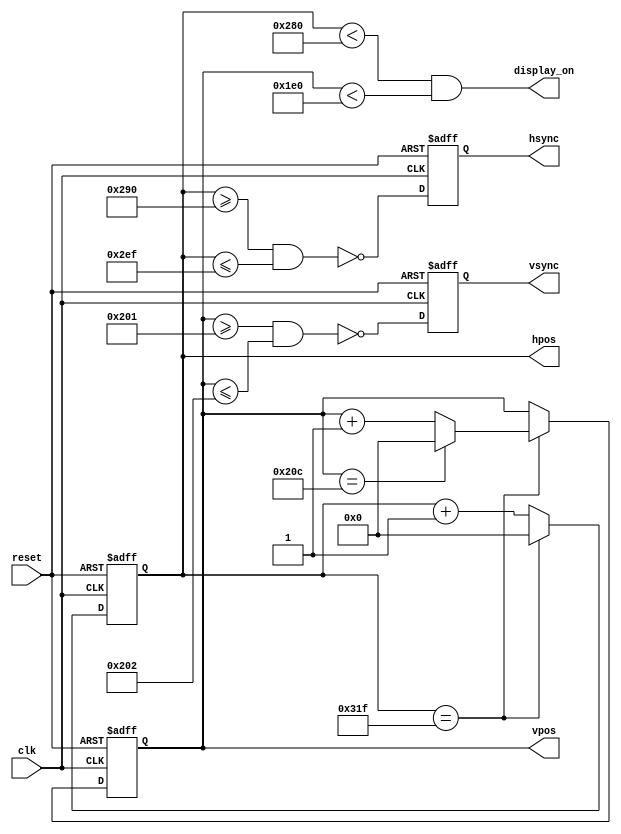
module hvsync_generator
#(
    /*
    
     LC-19K5
     1366x768

    */
    parameter                   H_DISPLAY = 640,    // horizontal display width
                                H_BACK    =  48,    // horizontal left border (back porch)
                                H_FRONT   =  16,    // horizontal right border (front porch)
                                H_SYNC    =  96,    // horizontal sync width
                                V_DISPLAY = 480,    // vertical display height
                                V_TOP     =  10,    // vertical top border
                                V_BOTTOM  =  33,    // vertical bottom border
                                V_SYNC    =   2     // vertical sync # lines
)(
    input wire [0:0] clk,
    input wire reset,
    output reg hsync,
    output reg vsync,
    output wire display_on,
    output  reg     [15 : 0]    hpos,               // horizontal pixel position
    output  reg     [15 : 0]    vpos                // vertical pixel position
);
    /*******************************************************
    *                 PARAMS & LOCALPARAMS                 *
    *******************************************************/
    localparam H_SYNC_START = H_DISPLAY + H_FRONT, //656
               H_SYNC_END   = H_DISPLAY + H_FRONT + H_SYNC - 1, // 751
                H_MAX        = H_DISPLAY + H_BACK + H_FRONT + H_SYNC - 1,//799
                V_SYNC_START = V_DISPLAY + V_BOTTOM, // 513
                V_SYNC_END   = V_DISPLAY + V_BOTTOM + V_SYNC - 1,// 514
                V_MAX        = V_DISPLAY + V_TOP + V_BOTTOM + V_SYNC - 1; // 524
    /*******************************************************
    *               WIRE AND REG DECLARATION               *
    *******************************************************/
    wire [0:0] hmaxxed;
    wire [0:0] vmaxxed;

    /*******************************************************
    *                      ASSIGNMENT                      *
    *******************************************************/
    assign  hmaxxed = hpos == H_MAX;    // set when hpos is maximum // 799
    assign  vmaxxed = vpos == V_MAX;    // set when vpos is maximum // 524
    assign display_on = ( hpos < H_DISPLAY ) && ( vpos < V_DISPLAY );   // 
    /*******************************************************
    *               OTHER COMB AND SEQ LOGIC               *
    *******************************************************/
    // horizontal position counter
    always @(posedge clk, posedge reset)
    if( reset )
    begin
        hsync <= 1'b0;
        hpos  <= 16'b0;
    end
    else
    begin
        hsync <= ~ ( ( hpos >= H_SYNC_START ) && ( hpos <= H_SYNC_END ) );// 1: 0~655   0:656~751
        if( hmaxxed )
            hpos <= 16'b0;
        else
            hpos <= hpos + 1'b1;
    end
    // vertical position counter
    always @(posedge clk, posedge reset)
    if( reset )
    begin
        vsync <= 1'b0;
        vpos  <= 16'b0;
    end
    else
    begin
        vsync <= ~ ( ( vpos >= V_SYNC_START ) && ( vpos <= V_SYNC_END ) );// 1: 0~512   0:513~514
        if( hmaxxed )
        begin
            if ( vmaxxed )
                vpos <= 16'b0;
            else
                vpos <= vpos + 1'b1;
        end
    end
  
endmodule // hvsync_generator